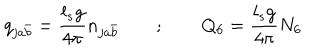
q _ { j a \bar { b } } = { \frac { l _ { s } g } { 4 \pi } } n _ { j a \bar { b } } ~ ~ ; ~ ~ Q _ { 6 } = { \frac { l _ { s } g } { 4 \pi } } N _ { 6 }